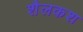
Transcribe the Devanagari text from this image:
शैलकश